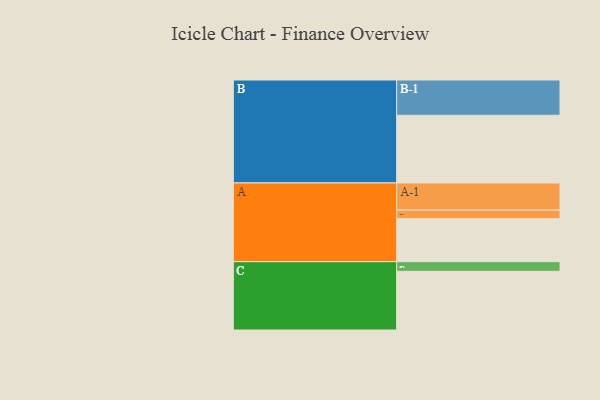
{"axis": {"x": "Segment", "y": "Value"}, "legend": ["", "A", "B", "C"], "data": [{"x": "A", "y": 332, "type": ""}, {"x": "B", "y": 524, "type": ""}, {"x": "C", "y": 454, "type": ""}, {"x": "A-1", "y": 210, "type": "A"}, {"x": "A-2", "y": 67, "type": "A"}, {"x": "B-1", "y": 273, "type": "B"}, {"x": "C-1", "y": 75, "type": "C"}]}